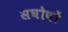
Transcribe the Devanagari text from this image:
सघोषों